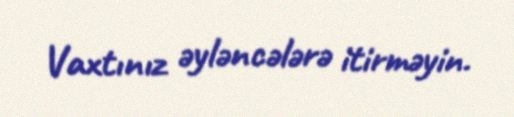
Vaxtınız əyləncələrə itirməyin.